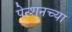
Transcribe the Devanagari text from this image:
पेन्शनच्या